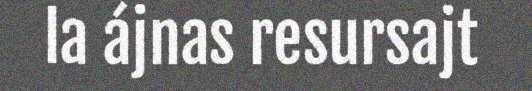
la ájnas resursajt